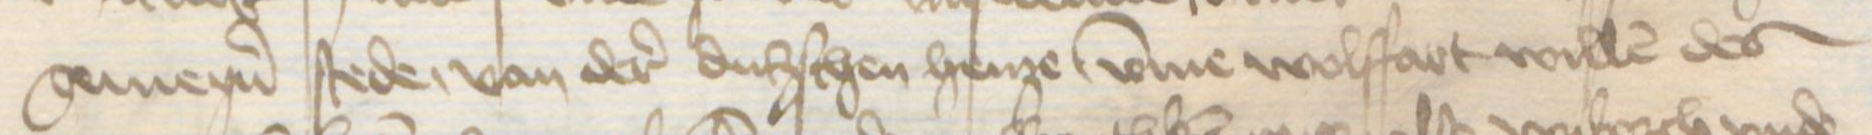
Transcription: gemeyner stede, van der dudschen henze vmme wolffart willen des